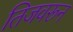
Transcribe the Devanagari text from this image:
तिजवरून